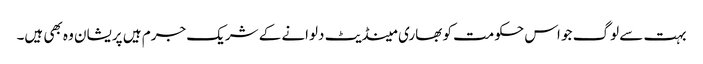
بہت سے لوگ جو اس حکومت کو بھاری مینڈیٹ دلوانے کے شریک جرم ہیں پریشان وہ بھی ہیں۔